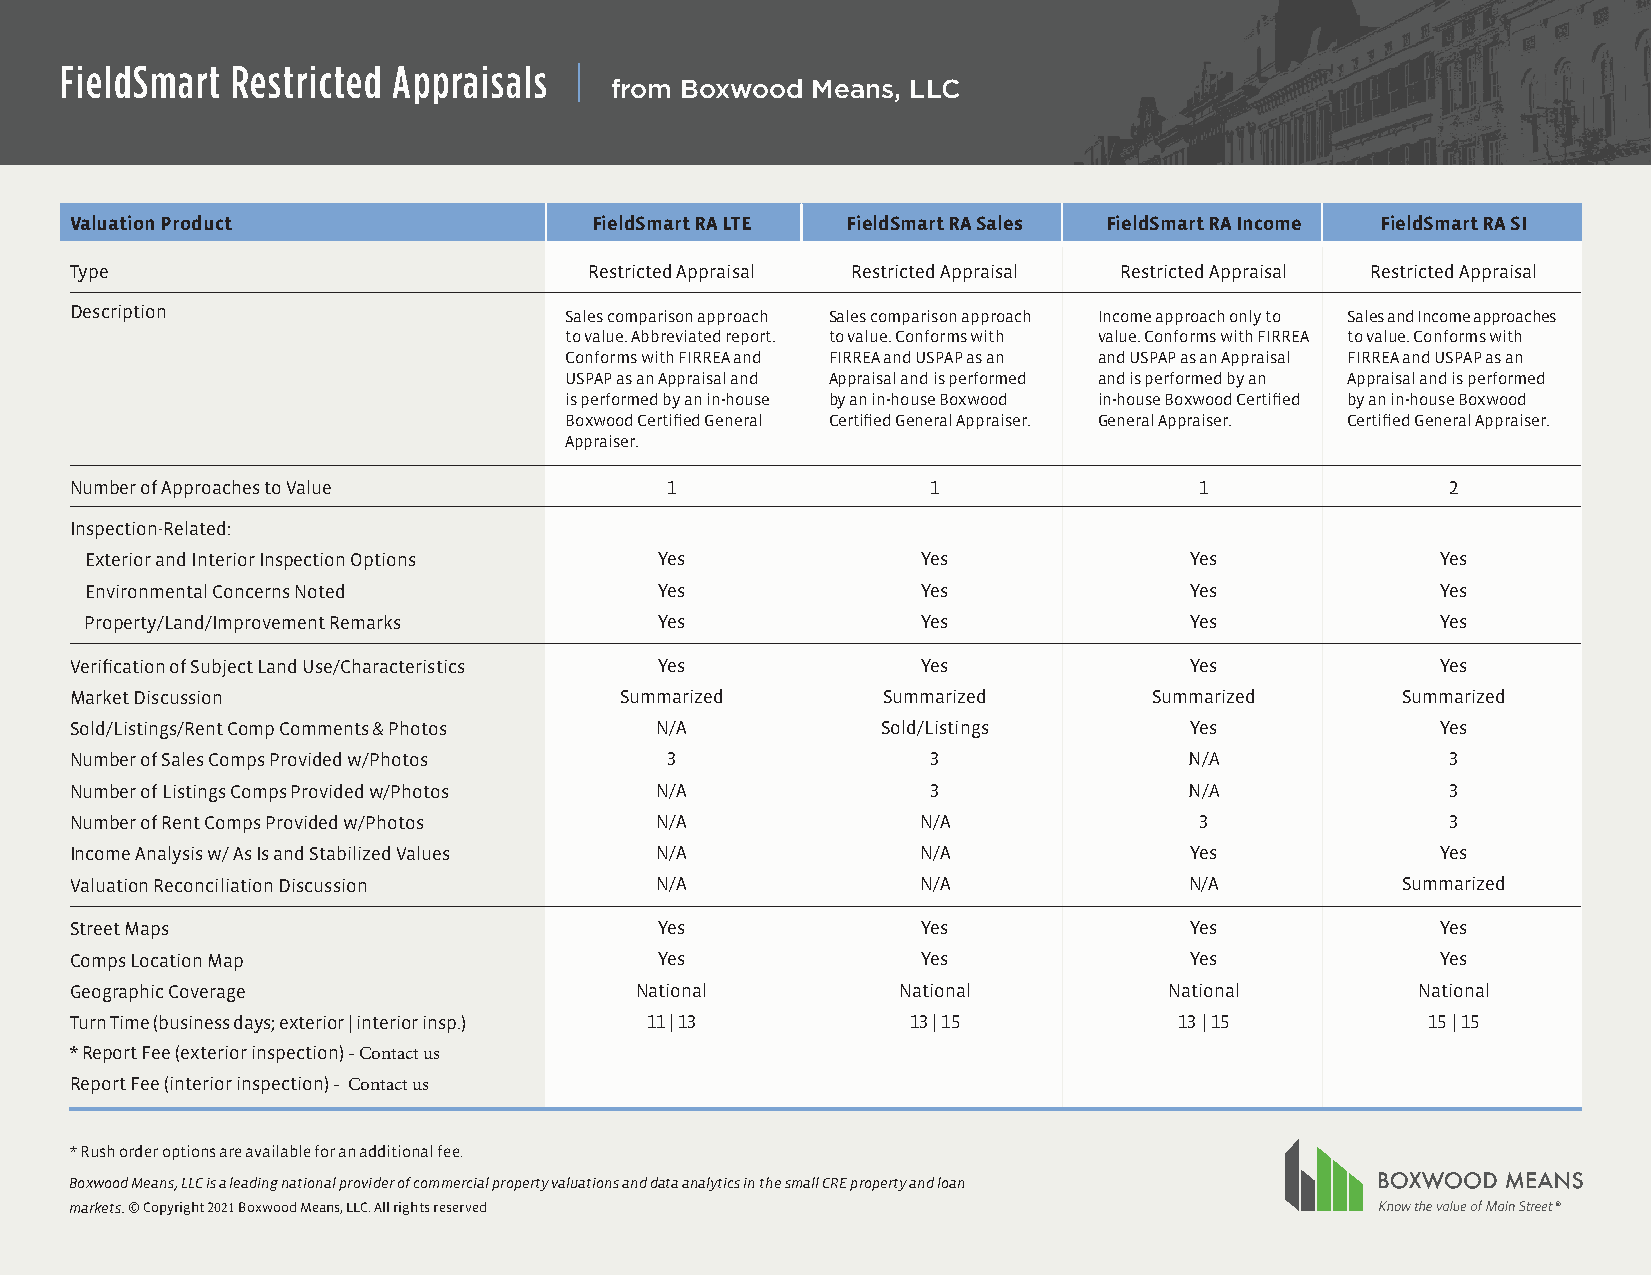
FieldSmart Restricted Appraisals  |
 from Boxwood  Means, LLC
 Valuation Product                 Field Smart RA LTE FieldSmart RA Sales FieldSmart RA Income FieldSmart RA SI
 Type                              Restricted Appraisal Restricted Appraisal Restricted Appraisal Restricted Appraisal
 Description                     Sales comparison approach Sales comparison approach Income approach only to Sales and Income approaches
 to value. Abbreviated report. to value. Conforms with value. Conforms with FIRREA to value. Conforms with
 Conforms with FIRREA and FIRREA and USPAP as an and USPAP as an Appraisal FIRREA and USPAP as an
 USPAP as an Appraisal and Appraisal and is performed and is performed by an Appraisal and is performed
 is performed by an in-house by an in-house Boxwood in-house Boxwood Certified by an in-house Boxwood
 Boxwood Certified General Certified General Appraiser. General Appraiser. Certified General Appraiser.
 Appraiser.
 Number of Approaches to Value          1                 1                1                2
 Inspection-Related:
 Exterior and Interior Inspection Options Yes           Yes               Yes             Yes
 Environmental Concerns Noted          Yes              Yes               Yes             Yes
 Property/Land/Improvement Remarks     Yes              Yes               Yes             Yes
 Verification of Subject Land Use/Characteristics Yes    Yes               Yes             Yes
 Market Discussion                   Summarized       Summarized        Summarized       Summarized
 Sold/Listings/Rent Comp Comments & Photos N/A        Sold/Listings        Yes             Yes
 Number of Sales Comps Provided w/Photos 3                3                N/A              3
 Number of Listings Comps Provided w/Photos N/A           3                N/A              3
 Number of Rent Comps Provided w/Photos N/A              N/A               3                3
 Income Analysis w/ As Is and Stabilized Values N/A      N/A               Yes             Yes
 Valuation Reconciliation Discussion   N/A               N/A               N/A           Summarized
 Street Maps                            Yes              Yes               Yes             Yes
 Comps Location Map                     Yes              Yes               Yes             Yes
 Geographic Coverage                  National         National          National         National
 Turn Time (business days; exterior | interior insp.) 11 | 13 13 | 15     13 | 15         15 | 15
 * Report Fee (exterior inspection) - Contact us
 Report Fee (interior inspection) - Contact us
 * Rush order options are available for an additional fee.
 Boxwood Means, LLC is a leading national provider of commercial property valuations and data analytics in the small CRE property and loan
 markets. © Copyright 2021 Boxwood Means, LLC. All rights reserved                                 ®